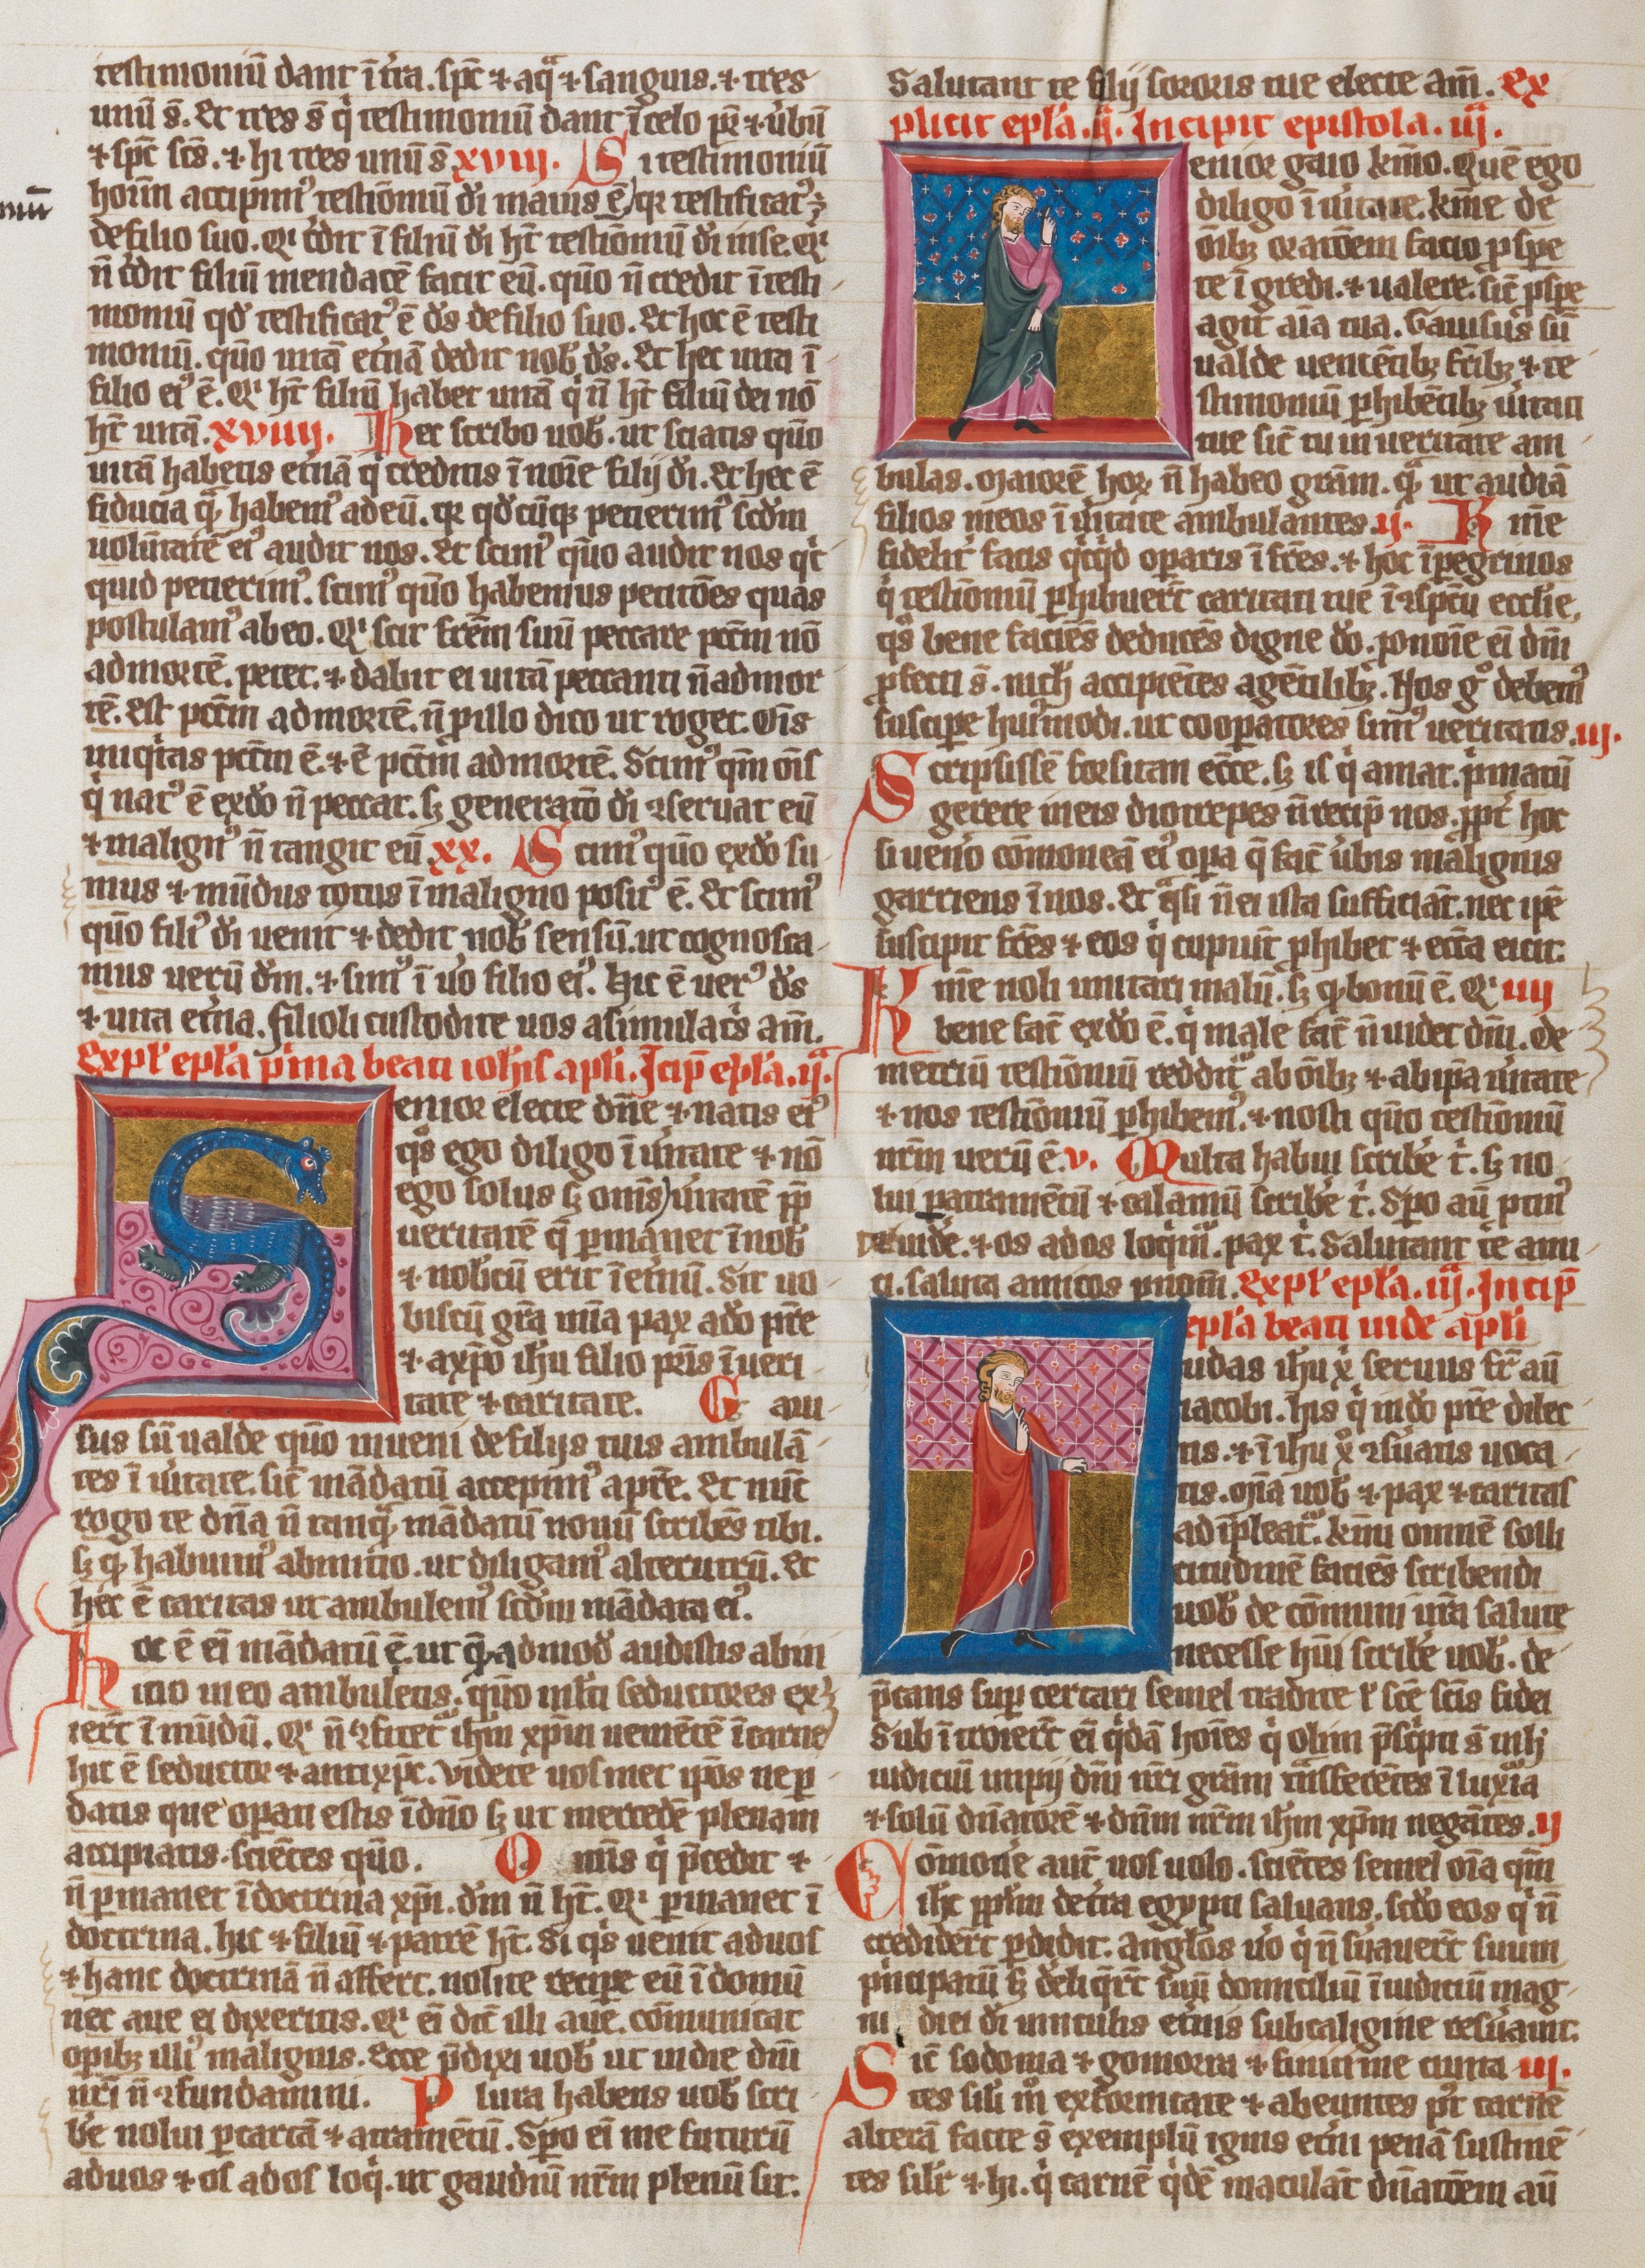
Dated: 1300–1324